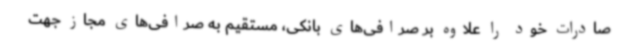
صادرات خود را علاوه بر صرافی‌های بانکی، مستقیم به صرافی‌های مجاز جهت